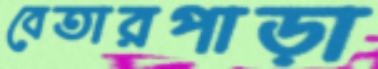
বেতারপাড়া